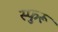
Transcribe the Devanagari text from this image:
स्फुरू